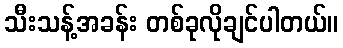
သီးသန့်အခန်း တစ်ခုလိုချင်ပါတယ်။